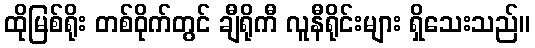
ထိုမြစ်ရိုး တစ်ဝိုက်တွင် ချီရိုကီ လူနီရိုင်းများ ရှိသေးသည်။